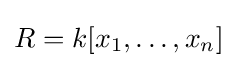
R=k[x_{1},\ldots ,x_{n}]